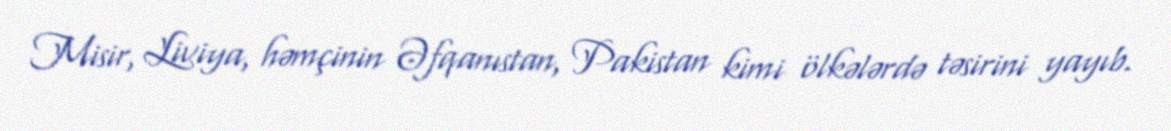
Misir, Liviya, həmçinin Əfqanıstan, Pakistan kimi ölkələrdə təsirini yayıb.